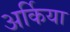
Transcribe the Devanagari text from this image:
अर्किया